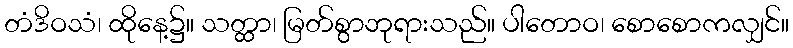
တံဒိဝသံ၊ ထိုနေ့၌။ သတ္ထာ၊ မြတ်စွာဘုရားသည်။ ပါတောဝ၊ စောစောကလျှင်။